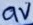
Text: 9V